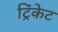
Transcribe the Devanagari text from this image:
ट्रिंकेट